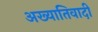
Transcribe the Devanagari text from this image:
अख्यातिवादी